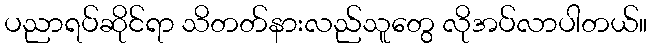
ပညာရပ်ဆိုင်ရာ သိတတ်နားလည်သူတွေ လိုအပ်လာပါတယ်။